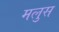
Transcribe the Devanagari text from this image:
मलुस